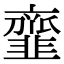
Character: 韲